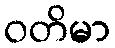
ဝတိမာ